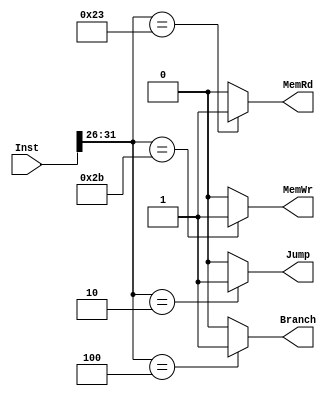
`timescale 1ns/1ps
module MAMCU (
    input [31:0] Inst,
    output reg MemRd,
    output reg MemWr,
    output reg Jump,
    output reg Branch
);
    reg [5:0] OP_Code;
    initial begin
        OP_Code = 0;
        MemRd = 0;
        MemWr = 0;
        Jump = 0;
        Branch = 0;
    end
    always @(*) begin
        OP_Code = Inst[31:26];
        MemRd = 0;
        MemWr = 0;
        Jump = 0;
        Branch = 0;
        case(OP_Code)
            6'b100011: begin
                MemRd = 1;
            end
            6'b101011: begin
                MemWr = 1;
            end 
            6'b000100: begin
                Branch = 1;
            end
            6'b000010: begin
                Jump = 1;
            end
        endcase
    end
    
endmodule